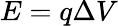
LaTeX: E=q\Delta V